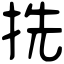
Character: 㧥